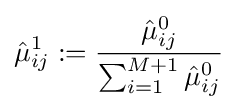
{\hat {\mu }}_{ij}^{1}:={\frac {{\hat {\mu }}_{ij}^{0}}{\sum _{i=1}^{M+1}{\hat {\mu }}_{ij}^{0}}}